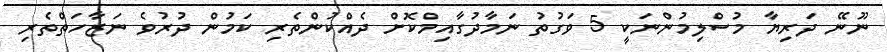
ނޫނޭ ދަރިޔާ މުސްލިމުންނަކީ 5 ވަގުތު ނަމާދުގާއިމްކޮށް ދެއްކުންތެރި ކަމުން ދުރުވެ ނަޒާހަތްތެރި